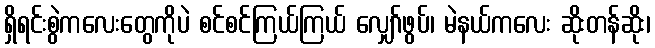
ရှိရင်းစွဲကလေးတွေကိုပဲ စင်စင်ကြယ်ကြယ် လျှော်ဖွပ်၊ မဲနယ်ကလေး ဆိုးတန်ဆိုး၊